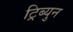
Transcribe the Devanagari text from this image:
ट्रिब्युन